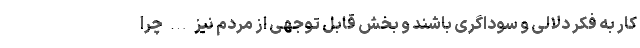
کار به فکر دلالی و سوداگری باشند و بخش قابل توجهی از مردم نیز … چرا